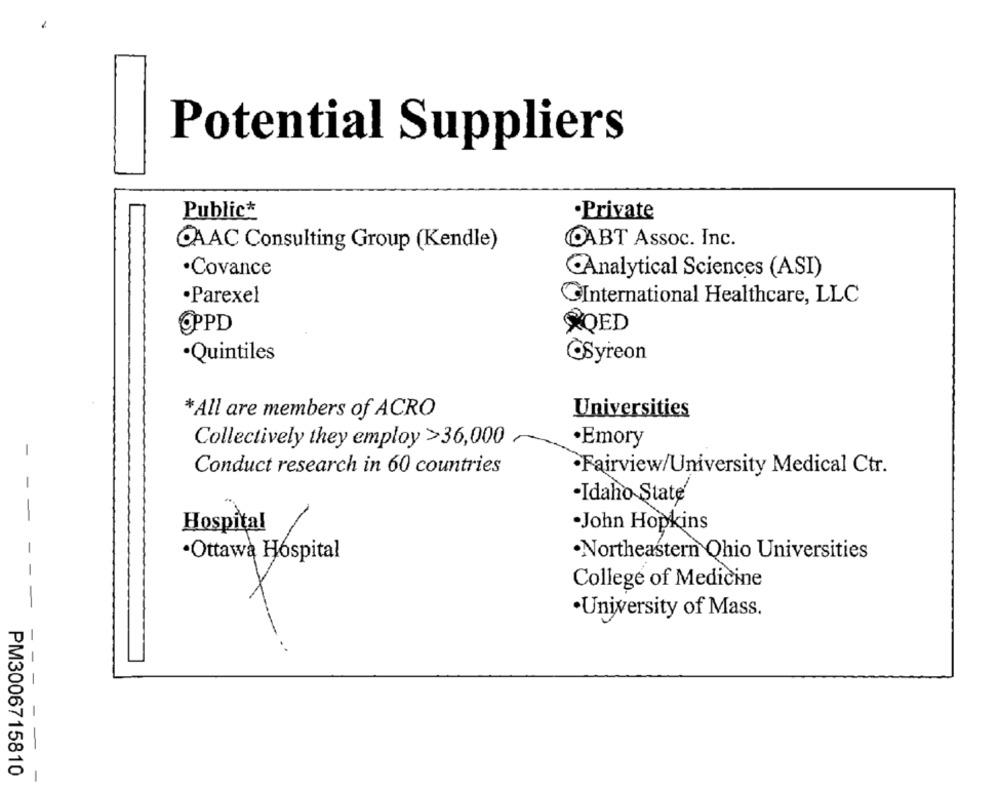
Potential Suppliers
Public*
.Private
OABT Assoc. Inc.
CAAC Consulting Group (Kendle)
·Covance
Analytical Sciences (ASI)
·Parexel
International Healthcare, LLC
@PPD
PQED
·Quintiles
Syreon
*All are members of ACRO
Universities
Collectively they employ >36,000
·Emory
Conduct research in 60 countries
·Fairview/University Medical Ctr.
·Idaho State
Hospital
.John Hopkins
·Ottawa Hospital
Northeastern Qhio Universities
College of Medicine
·University of Mass.
PM3006715810